Civil Veterinary Dept. Bombay admin report 1932-41 - 1932-1941
Year: 1932
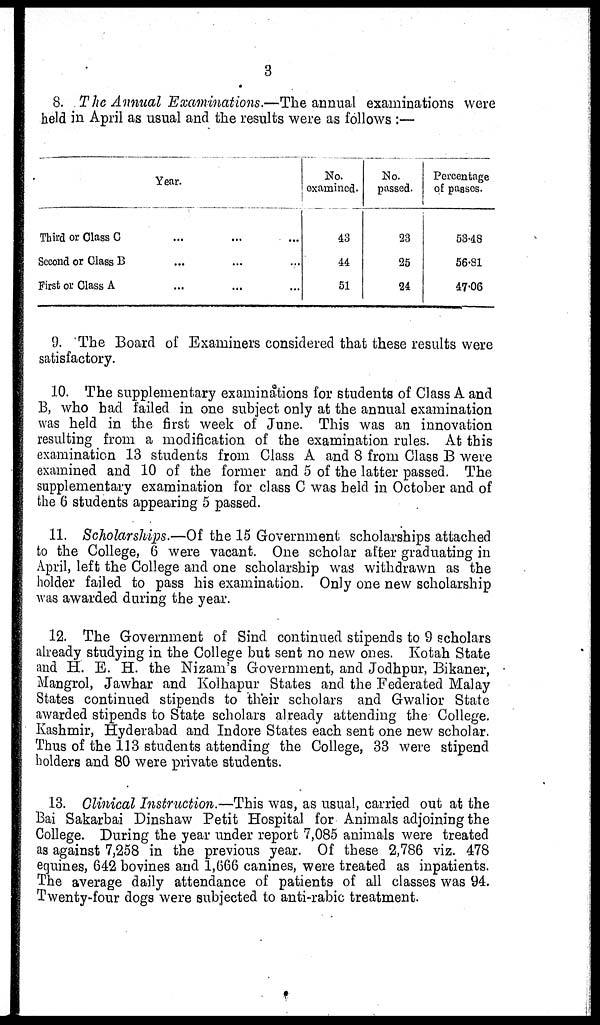
3
8. The Annual Examinations.—The annual examinations were
held in April as usual and the results were as follows :—
Year.
Third or Class C ... ... ...
Second or Class B ... ... ...
First or Class A ... ... ...
No.
examined.
43
44
51
No.
passed.
23
25
24
Percentage
of passes.
53.48
56.81
47.06
9. The Board of Examiners considered that these results were
satisfactory.
10. The supplementary examinations for students of Class A and
B, who had failed in one subject only at the annual examination
was held in the first week of June. This was an innovation
resulting from a modification of the examination rules. At this
examination 13 students from Class A and 8 from Class B were
examined and 10 of the former and 5 of the latter passed. The
supplementary examination for class C was held in October and of
the 6 students appearing 5 passed.
11. Scholarships.–Of the 15 Government scholarships attached
to the College, 6 were vacant. One scholar after graduating in
April, left the College and one scholarship was withdrawn as the
holder failed to pass his examination. Only one new scholarship
was awarded during the year.
12. The Government of Sind continued stipends to 9 scholars
already studying in the College but sent no new ones. Kotah State
and H. E. H. the Nizam's Government, and Jodhpur, Bikaner,
Mangrol, Jawhar and Kolhapur States and the Federated Malay
States continued stipends to their scholars and Gwalior State
awarded stipends to State scholars already attending the College.
Kashmir, Hyderabad and Indore States each sent one new scholar
Thus of the 113 students attending the College, 33 were stipend
holders and 80 were private students.
13. Clinical Instruction.—This was, as usual, carried out at the
Bai Sakarbai Dinshaw Petit Hospital for Animals adjoining the
College. During the year under report 7,085 animals were treated
as against 7,258 in the previous year. Of these 2,786 viz. 478
equines, 642 bovines and 1,666 canines, were treated as inpatients.
The average daily attendance of patients of all classes was 94.
Twenty-four dogs were subjected to anti-rabic treatment.